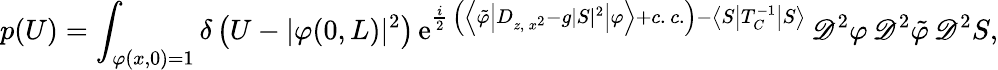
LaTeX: p(U)=\int_{\varphi(x,0)=1}\delta\left(U-\vert\varphi(0,L)\vert^{2}\right)\, \mathrm{e}^{\frac{i}{2}\, \left(\left\langle\tilde{\varphi}\left\vert D_{z,\, x^{2}}-g\vert S\vert^{2}\right\vert\varphi\right\rangle+c.\, c.\right)-\left\langle S\left\vert T_{C}^{-1}\right\vert S\right\rangle}\, \mathscr{D}^{2}\varphi\, \mathscr{D}^{2}\tilde{\varphi}\, \mathscr{D}^{2}S,